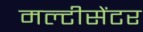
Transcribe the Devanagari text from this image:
मल्टीसेंटर